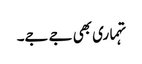
تہماری بھی جے جے۔